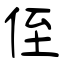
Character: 侄